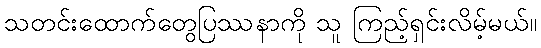
သတင်းထောက်တွေပြဿနာကို သူ ကြည့်ရှင်းလိမ့်မယ်။